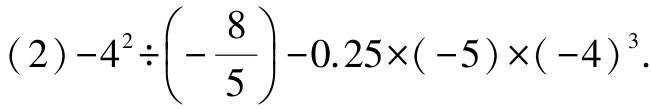
(2) \(-4^{2}\div\left(-\dfrac{8}{5}\right)-0.25\times(-5)\times(-4)^{3}\)